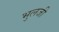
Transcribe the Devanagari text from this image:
भुलजी